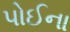
પોઈના